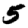
Digit: 5